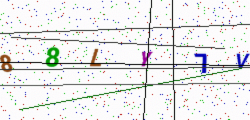
Text: 88LY7V